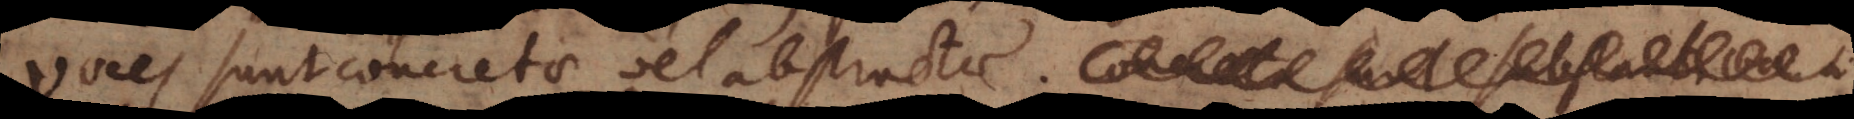
Voces sunt concretae vel abstractae. Concreta